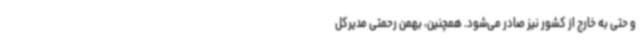
و حتی به خارج از کشور نیز صادر می‌شود. همچنین، بهمن رحمتی مدیرکل